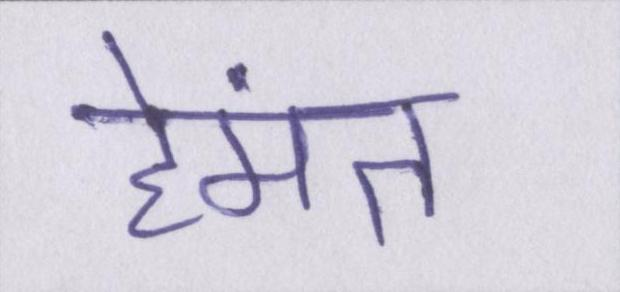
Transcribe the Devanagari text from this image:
हेमंत